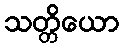
သတ္တိယော